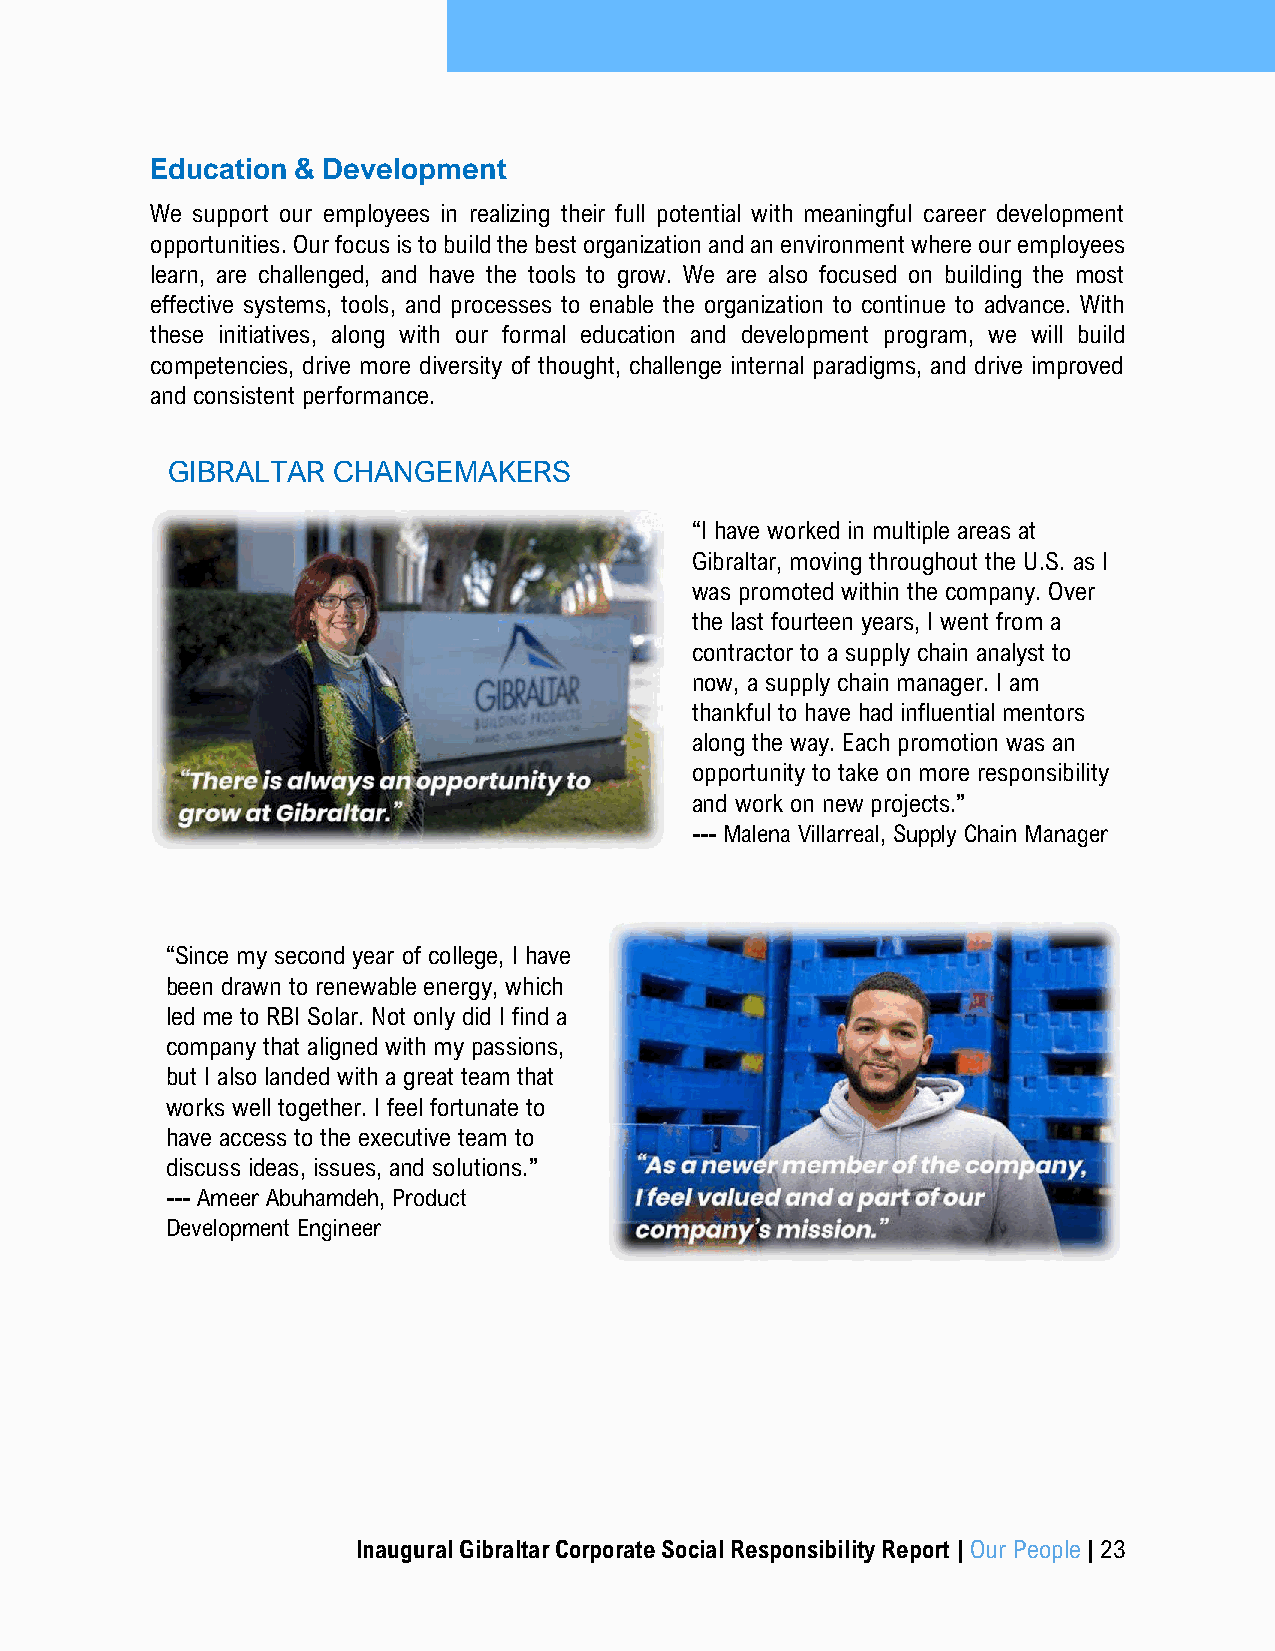
Education & Development
 We support our employees in realizing their full potential with meaningful career development
 opportunities. Our focus is to build the best organization and an environment where our employees
 learn, are challenged, and have the tools to grow. We are also focused on building the most
 effective systems, tools, and processes to enable the organization to continue to advance. With
 these initiatives, along with our formal education and development program, we will build
 competencies, drive more diversity of thought, challenge internal paradigms, and drive improved
 and consistent performance.
 GIBRALTAR  CHANGEMAKERS
 “I have worked in multiple areas at
 Gibraltar, moving throughout the U.S. as I
 was promoted within the company. Over
 the last fourteen years, I went from a
 contractor to a supply chain analyst to
 now, a supply chain manager. I am
 thankful to have had influential mentors
 along the way. Each promotion was an
 opportunity to take on more responsibility
 and work on new projects.”
 --- Malena Villarreal, Supply Chain Manager
 “Since my second year of college, I have
 been drawn to renewable energy, which
 led me to RBI Solar. Not only did I find a
 company that aligned with my passions,
 but I also landed with a great team that
 works well together. I feel fortunate to
 have access to the executive team to
 discuss ideas, issues, and solutions.”
 --- Ameer Abuhamdeh, Product
 Development Engineer
 Inaugural Gibraltar Corporate Social Responsibility Report | Our People | 23